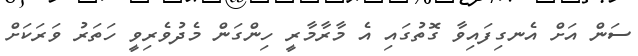
ސަން އަށް އެނގިފައިވާ ގޮތުގައި އެ މާރާމާރީ ހިންގަން މެދުވެރިވީ ހަތަރު ވަރަކަށް